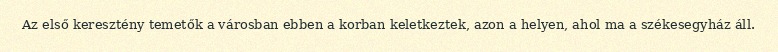
Az első keresztény temetők a városban ebben a korban keletkeztek, azon a helyen, ahol ma a székesegyház áll.